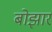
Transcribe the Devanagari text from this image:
बोझार